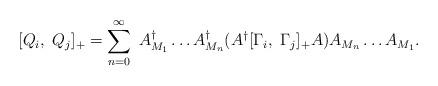
LaTeX: \begin{align*}[Q_{i}, \; Q_{j}]_{+} = \sum_{n=0}^{\infty} \; A^{\dagger}_{M_{1}} \ldots A^{\dagger}_{M_{n}}(A^{\dagger} [\Gamma_{i},\; \Gamma_{j}]_{+} A)A_{M_{n}} \ldots A_{M_{1}}. \end{align*}